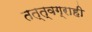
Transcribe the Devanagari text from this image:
तत्त्वग्राही